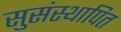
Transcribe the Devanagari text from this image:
सुसंस्थापित